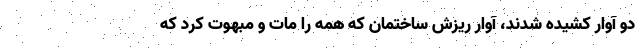
دو آوار کشیده شدند، آوار ریزش ساختمان که همه را مات و مبهوت کرد که